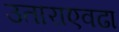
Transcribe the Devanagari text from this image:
उताराएवढा